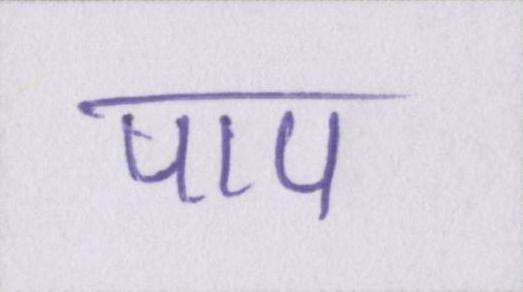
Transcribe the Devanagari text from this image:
पाप